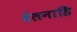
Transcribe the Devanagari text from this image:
वेलनाडि